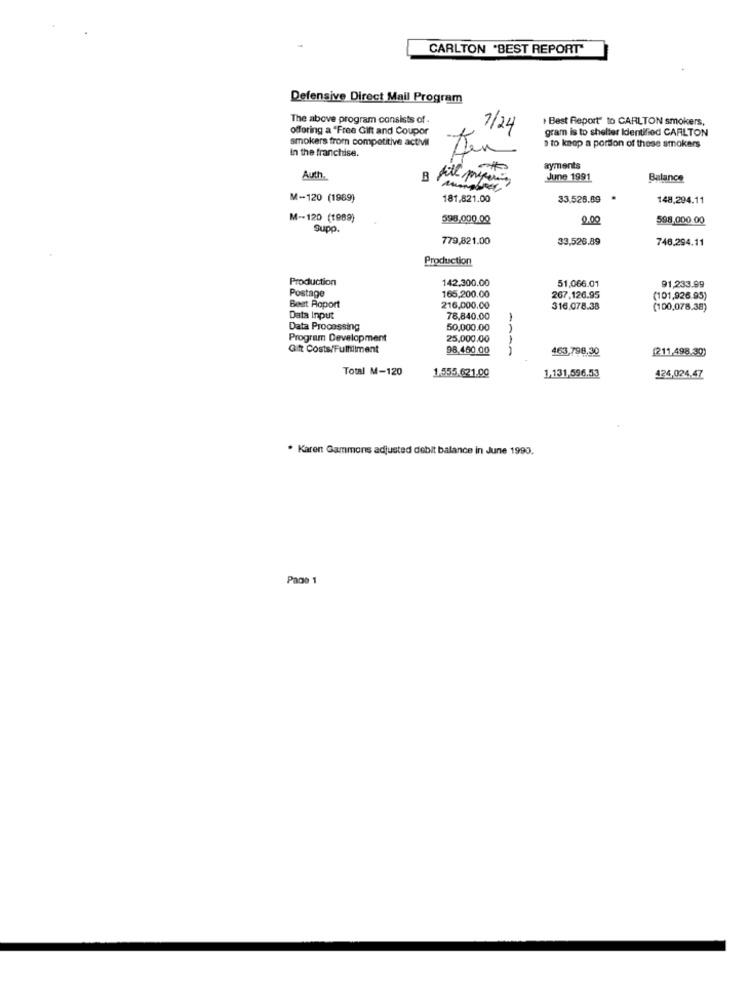
CARLTON "BEST REPORT"
Defensive Direct Mail Program
The above program consists of
Best Report" to CARLTON smokers,
offering a "Free Gift and Coupor
7/24
gram is to shelter Identified CARLTON
smokers from competitive activil
In the franchise.
a to knop a portion of these smokers
ayments
Auth.
June 1991
Balance
M-120 (1989)
181,821.00
33.526.09 *
148,294.11
M-120 (1989)
598,000.00
0.00
598,000.00
Supp.
779,821.00
33,526.89
746.294.11
Production
Production
142,300.00
51,066.01
Postage
91,233.99
165,200.00
267,126.95
(101,926.95)
Best Roport
216,000.00
316.078.38
(100,078.38)
Data Input
78,840.00
Data Processing
50,000.00
Program Development
25,000,00
Gift Costs/Fulfillment
98,460.00
-A-A
463,798,30
(211,498.30)
Total M-120
1,131,596.53
1.555.621.00
424,024.47
. Karen Gammons adjusted debit balance in June 1990.
Paco